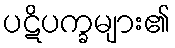
ပဋိပက္ခများ၏